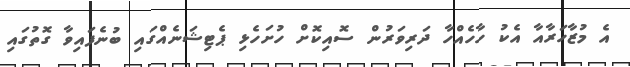
އެ މުޒާހަރާއާ އެކު ހާހެއްހާ ދަރިވަރުން ސޮއިކޮށް ހުށަހެޅި ޕެޓިޝަނެއްގައި ބުނެފައިވާ ގޮތުގައި